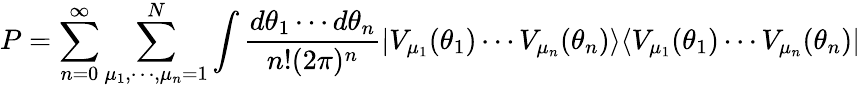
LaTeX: P=\sum_{n=0}^{\infty}\sum_{\mu_{1},\cdots,\mu_{n}=1}^{N}\int{\frac{{d\theta_{1}}\cdots{d\theta_{n}}}{{n!}(2\pi)^{n}}|V_{\mu_{1}}(\theta_{1})\cdots V_{\mu_{n}}(\theta_{n})\rangle\langle V_{\mu_{1}}(\theta_{1})\cdots V_{\mu_{n}}(\theta_{n})|}